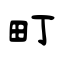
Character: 町